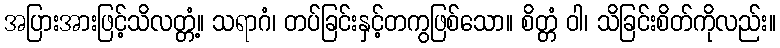
အပြားအားဖြင့်သိလတ္တံ့။ သရာဂံ၊ တပ်ခြင်းနှင့်တကွဖြစ်သော။ စိတ္တံ ဝါ၊ သိခြင်းစိတ်ကိုလည်း။